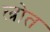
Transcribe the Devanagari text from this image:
ल्रोत